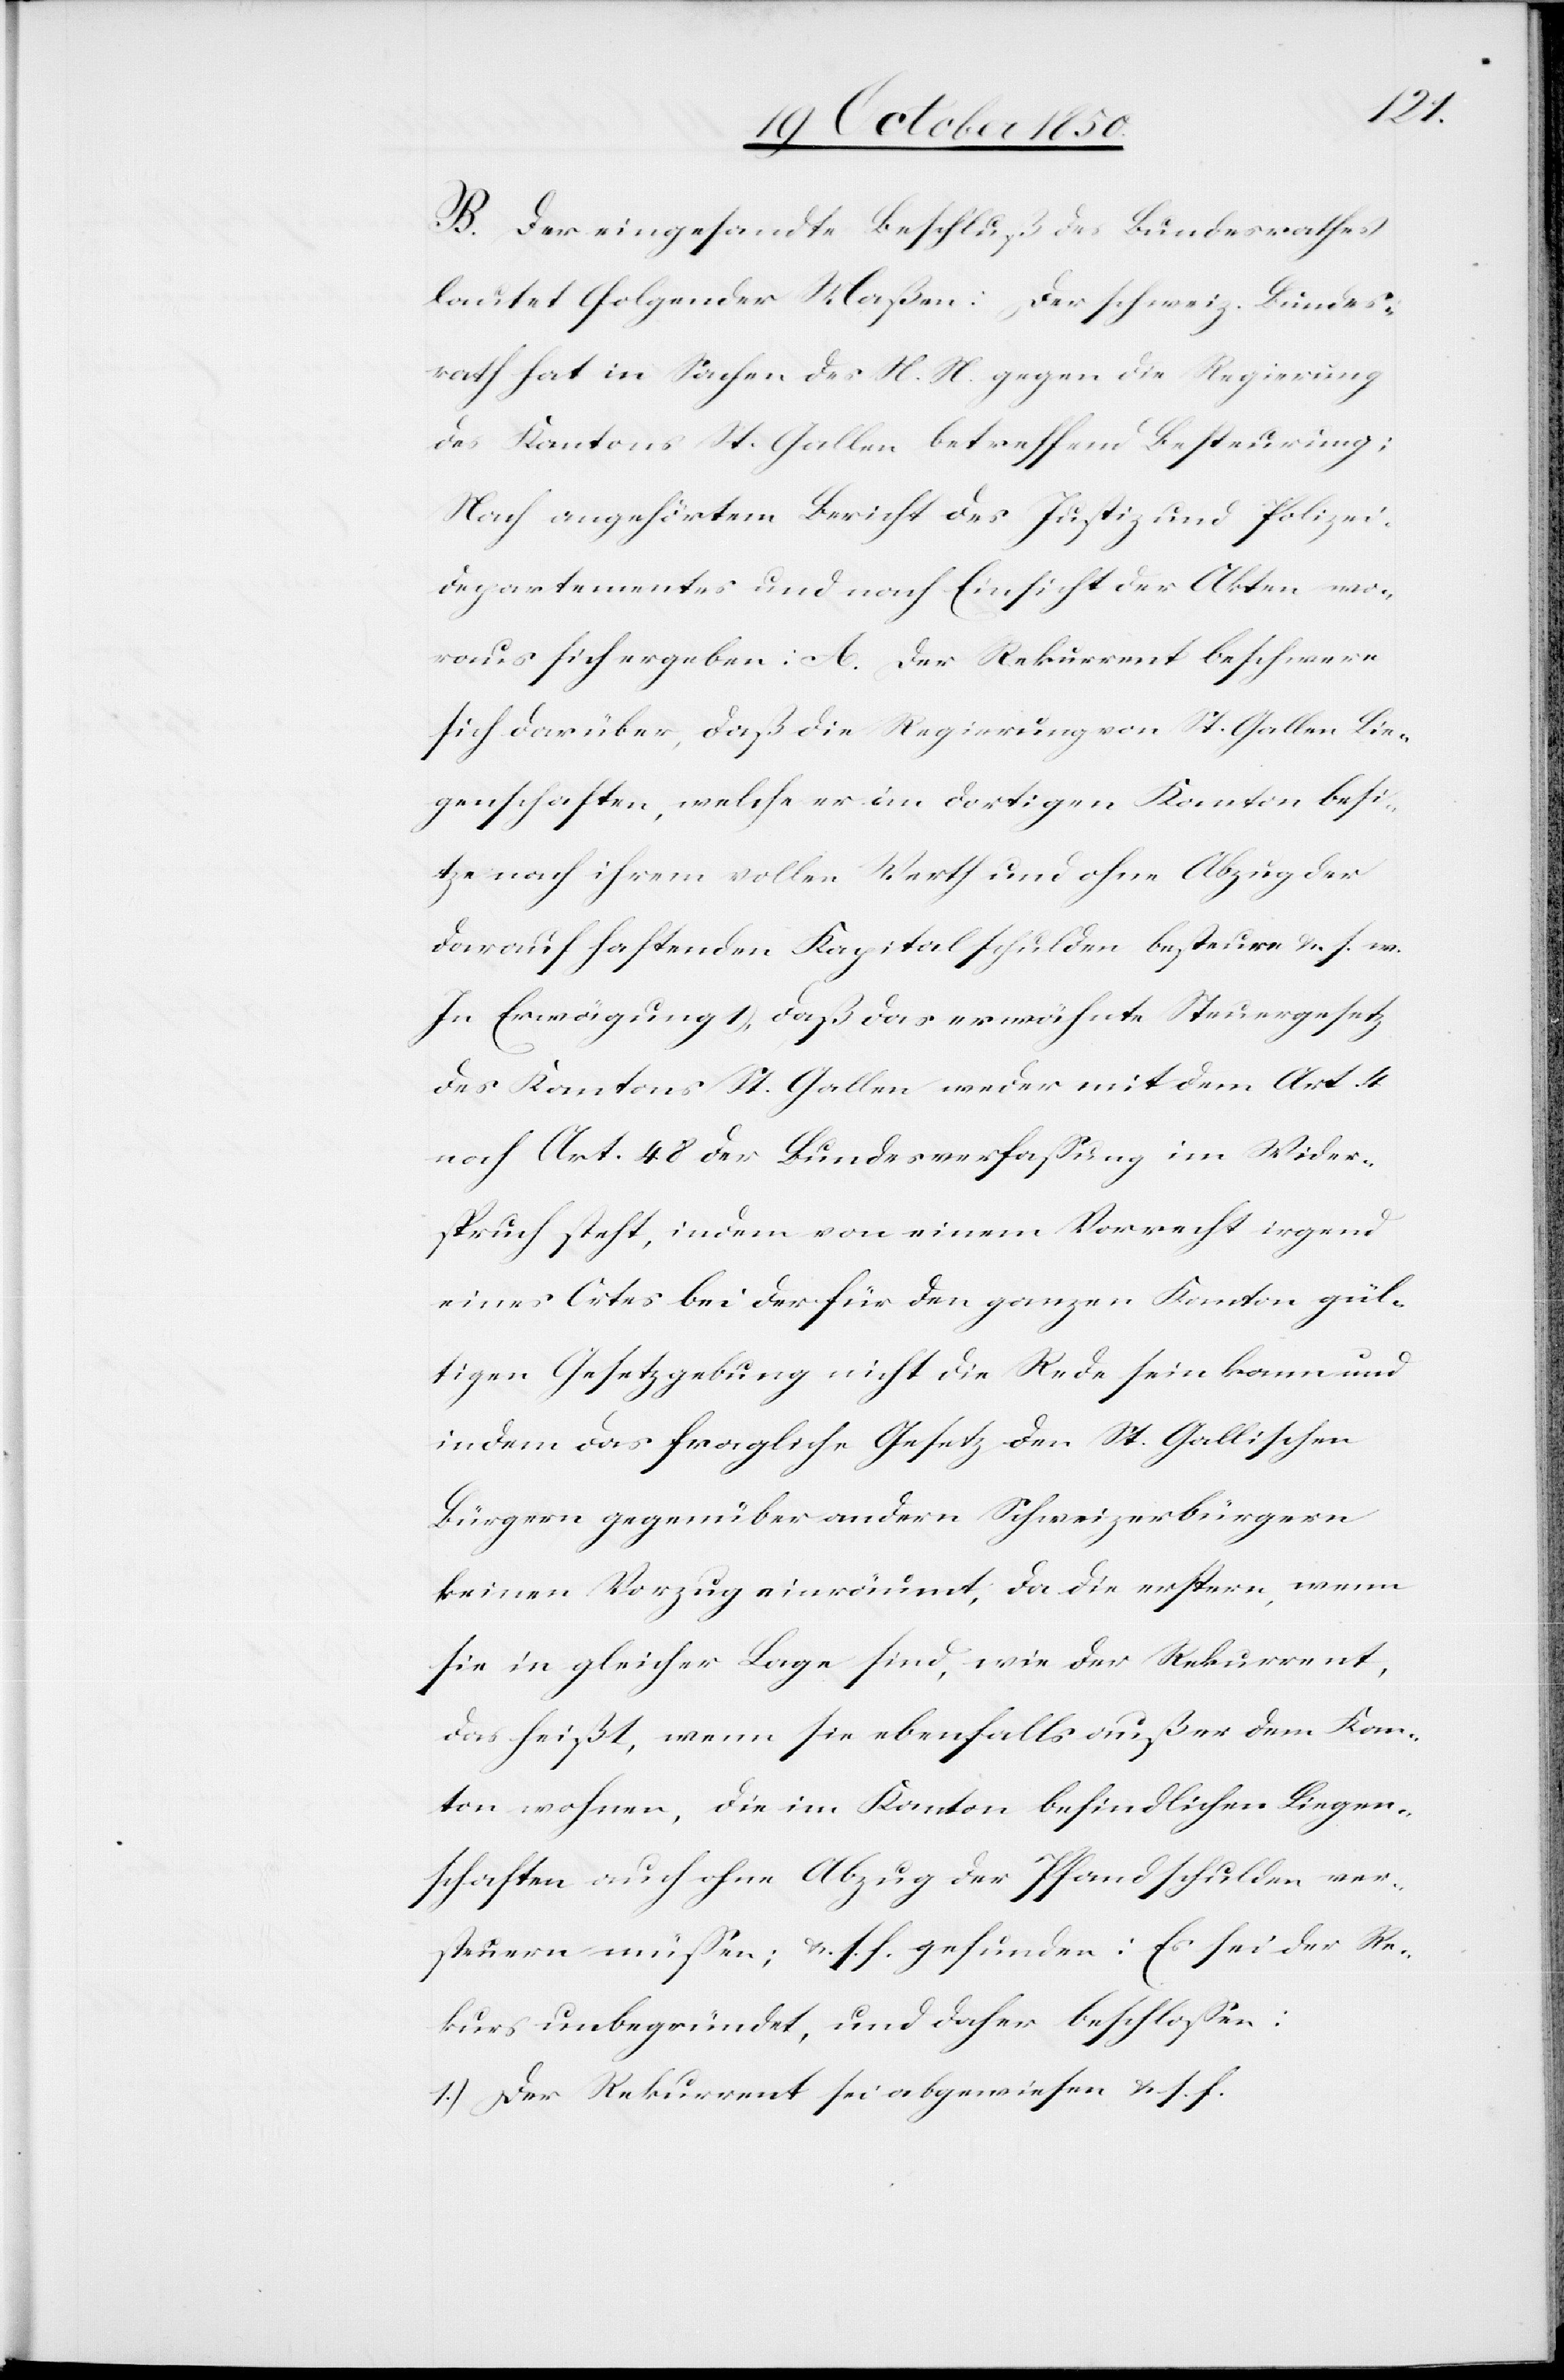
B. Der eingesandte Beschluß des Bundesrathes
lautet folgender Maßen: Der schweiz. Bundes¬
rath hat in Sachen des N. N. gegen die Regierung
des Kantons St. Gallen betreffend Besteurung;
Nach angehörtem Bericht des Justiz und Polizei¬
departementes und nach Einsicht der Akten wo¬
raus sich ergeben: A. Der Rekurrent beschwere
sich darüber, daß die Regierung von St. Gallen Lie¬
genschaften, welche er an dortigen Kanton besi¬
tze nach ihrem vollen Werth und ohne Abzug der
darauf haftenden Kapitalschulden besteure &. s. w.
In Erwägung 1), daß das erwähnte Steuergesetz
des Kantons St. Gallen weder mit dem Art. 4
noch Art. 48 der Bundesverfassung im Wider¬
spruch steht, indem von einem Vorrecht irgend
eines Ortes bei der für den ganzen Kanton gül¬
tigen Gesetzgebung nicht die Rede sein kann und
indem das fragliche Gesetz den St. Gallischen
Bürgern gegenüber andern Schweizerbürgern
keinen Vorzug einräumt, da die erstern, wenn
sie in gleicher Lage sind, wie der Rekurrent,
das heißt, wenn sie ebenfalls außer dem Kan¬
ton wohnen, die im Kanton befindlichen Liegen¬
schaften auch ohne Abzug der Pfandschulden ver¬
steuern müssen; &. s. f. gefunden: Es sei der Re¬
kurs unbegründet, und daher beschlossen:
1.) Der Rekurrent sei abgewiesen &. s. f.